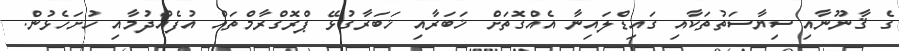
ގެ ޤާނޫނާއި ސިޔާސަތުތަކާއި ގައިޑްލައިނާ އެއްގޮތަށް ޚަބަރާއި ޚަބަރާގުޅޭ ޕްރޮގްރާމްތައް އުފެއްދުމާއި ހުށަހެޅުން.